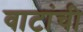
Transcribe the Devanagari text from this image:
वाटांची